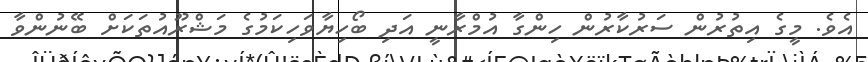
އެވެ. މީގެ އިތުރުން ސަރުކާރުން ހިންގާ އުމްރާނީ އަދި ބޯހިޔާވަހިކަމުގެ މަޝްރޫއުތަކަށް ބޭނުންވާ